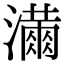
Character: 𭳓